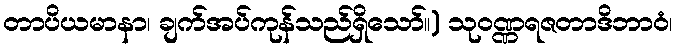
တာပိယမာနာ၊ ချက်အပ်ကုန်သည်ရှိသော်။) သုဝဏ္ဏရဇတာဒိဘာဝံ၊